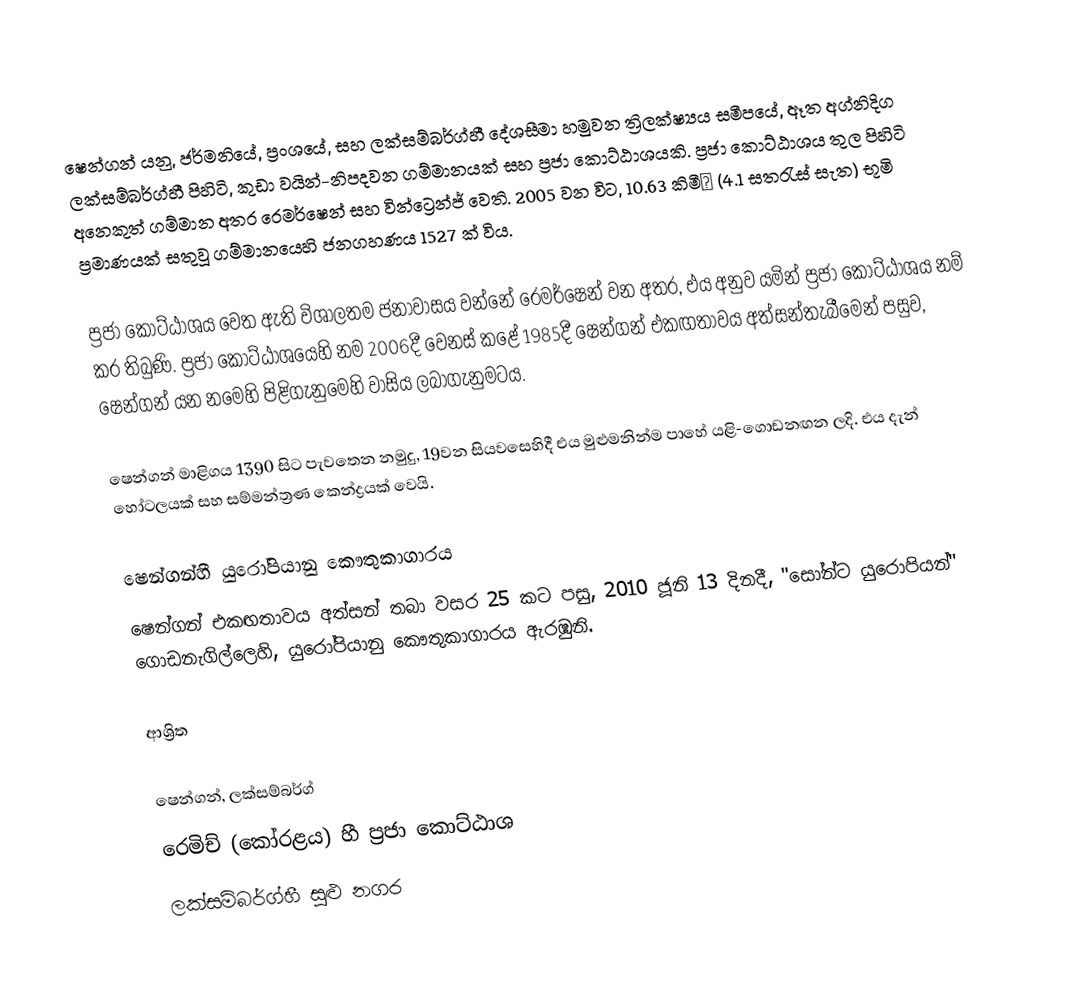
ෂෙන්ගන්  යනු,  ජර්මනියේ, ප්‍රංශයේ, සහ ලක්සම්බර්ග්හී දේශසීමා හමුවන  ත්‍රිලක්ෂ්‍යය  සමීපයේ,  ඈත අග්නිදිග  ලක්සම්බර්ග්හී පිහිටි, කුඩා වයින්-නිපදවන ගම්මානයක් සහ ප්‍රජා කොට්ඨාශයකි. ප්‍රජා කොට්ඨාශය තුල පිහිටි අනෙකුත් ගම්මාන අතර රෙමර්ෂෙන් සහ  වින්ට්‍රෙන්ජ් වෙති. 2005 වන විට, 10.63 කිමී² (4.1 සතරැස්  සැත) භූමි ප්‍රමාණයක් සතුවූ  ගම්මානයෙහි ජනගහණය 1527 ක් විය.

ප්‍රජා කොට්ඨාශය වෙත ඇති විශාලතම ජනාවාසය වන්නේ රෙමර්ෂෙන් වන අතර, එය අනුව යමින් ප්‍රජා කොට්ඨාශය නම් කර තිබුණි. ප්‍රජා කොට්ඨාශයෙහි නම 2006දී වෙනස් කළේ 1985දී ෂෙන්ගන් එකඟතාවය අත්සන්තැබීමෙන් පසුව, ෂෙන්ගන් යන නමෙහි පිළිගැනුමෙහි වාසිය ලබාගැනුමටය.

ෂෙන්ගන් මාළිගය 1390 සිට පැවතෙන නමුදු, 19වන සියවසෙහිදී එය මුළුමනින්ම පාහේ  යළි-ගොඩනඟන ලදි. එය දැන් හෝටලයක් සහ සම්මන්ත්‍රණ කෙන්ද්‍රයක් වෙයි.

ෂෙන්ගන්හී යුරෝපියානු කෞතුකාගාරය
ෂෙන්ගන් එකඟතාවය අත්සන් තබා වසර 25 කට පසු, 2010 ජූනි 13 දිනදී,  "සෝන්ට  යුරොපියන්" ගොඩනැගිල්ලෙහි, යුරෝපියානු කෞතුකාගාරය ඇරඹුනි.

ආශ්‍රිත

ෂෙන්ගන්, ලක්සම්බර්ග්
රෙමිච් (කෝරළය) හී ප්‍රජා කොට්ඨාශ
ලක්සම්බර්ග්හී සුළු නගර